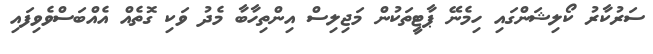
ސަރުކާރު ކޯލިޝަންގައި ހިމެނޭ ޕާޓީތަކުން މަޖިލިސް އިންތިހާބާ މެދު ވަކި ގޮތެއް އެއްބަސްވެވިފައި